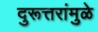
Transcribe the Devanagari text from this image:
दुरूत्तरांमुळे